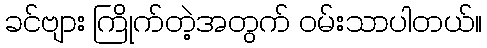
ခင်ဗျား ကြိုက်တဲ့အတွက် ဝမ်းသာပါတယ်။